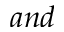
a n d